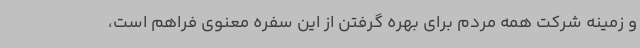
و زمینه شرکت همه مردم برای بهره گرفتن از این سفره معنوی فراهم است،